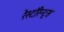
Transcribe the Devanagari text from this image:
रेस्टॉरेन्ट्स